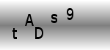
Text: tADs9